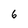
Character: 6